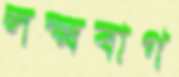
লক্ষ্মবাগ